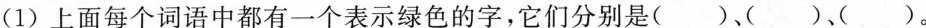
(1)上面每个词语中都有一个表示绿色的字，它们分别是( )、( )、( )。